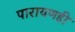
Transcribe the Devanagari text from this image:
पारायणही